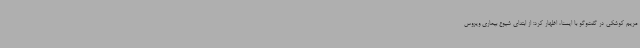
مریم کوشکی در گفت‌وگو با ایسنا، اظهار کرد: از ابتدای شیوع بیماری ویروس